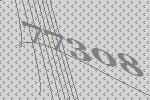
77308